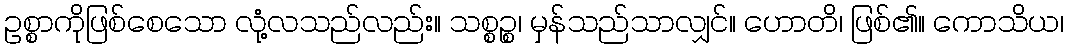
ဥစ္စာကိုဖြစ်စေသော လုံ့လသည်လည်း။ သစ္စဉ္စ၊ မှန်သည်သာလျှင်။ ဟောတိ၊ ဖြစ်၏။ ကောသိယ၊